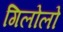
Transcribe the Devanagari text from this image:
गिलोलो